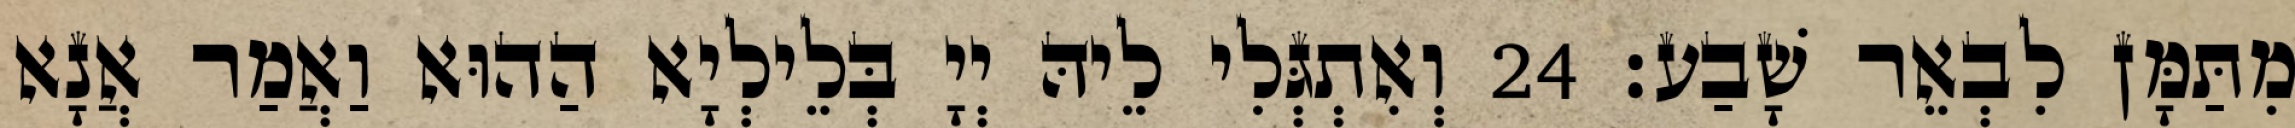
מִתַּמָּן לִבְאֵר שָׁבַע׃ 24 וְאִתְגְּלִי לֵיהּ יְיָ בְּלֵילְיָא הַהוּא וַאֲמַר אֲנָא